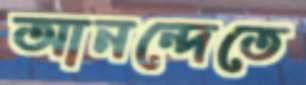
আনন্দেতে